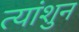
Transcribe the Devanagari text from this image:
त्यांशुन